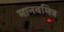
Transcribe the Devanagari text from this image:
मानवमित्र